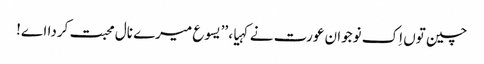
چین توں اِک نوجوان عورت نے کہیا، ’’یسوع میرے نال محبت کردا اے!